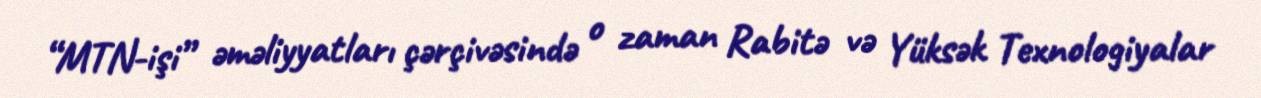
“MTN-işi” əməliyyatları çərçivəsində o zaman Rabitə və Yüksək Texnologiyalar